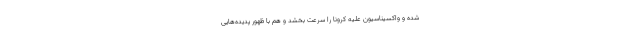
شده و واکسیناسیون علیه کرونا را سرعت بخشد و هم با ظهور پدیده‌هایی